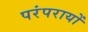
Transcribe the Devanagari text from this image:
परंपरायों